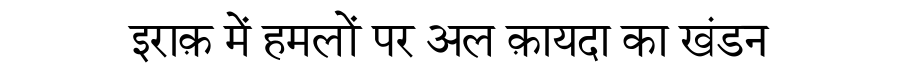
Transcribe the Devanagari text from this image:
इराक़ में हमलों पर अल क़ायदा का खंडन